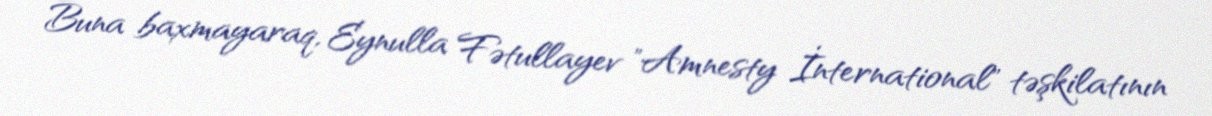
Buna baxmayaraq, Eynulla Fətullayev "Amnesty İnternational" təşkilatının